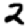
Digit: 2